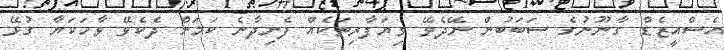
އެސްއީޒެޑް ގާނޫނުގެ ސަބަބުން ނޭދެވޭ ވިޔަފާރިތަކެއް ފެށިދާނެ ކަމަށް ދެކެވޭ ވާހަކަޔާ ގުޅޭ